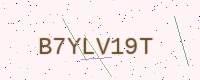
Text: B7YLV19T